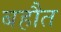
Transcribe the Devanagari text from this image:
बहौत